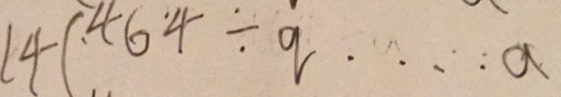
1 4 ( 4 6 4 \div q \cdots a